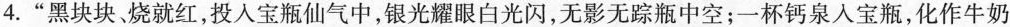
4.”黑块块、烧就红，投入宝瓶仙气中，银光耀眼白光闪，无影无踪瓶中空；一杯钙泉人宝瓶，化作牛奶